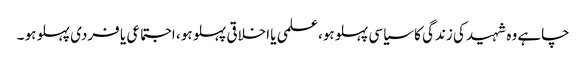
چاہے وہ شہید کی زندگی کا سیاسی پہلو ہو،علمی یا اخلاقی پہلو ہو ، اجتماعی یا فردی پہلو ہو ۔